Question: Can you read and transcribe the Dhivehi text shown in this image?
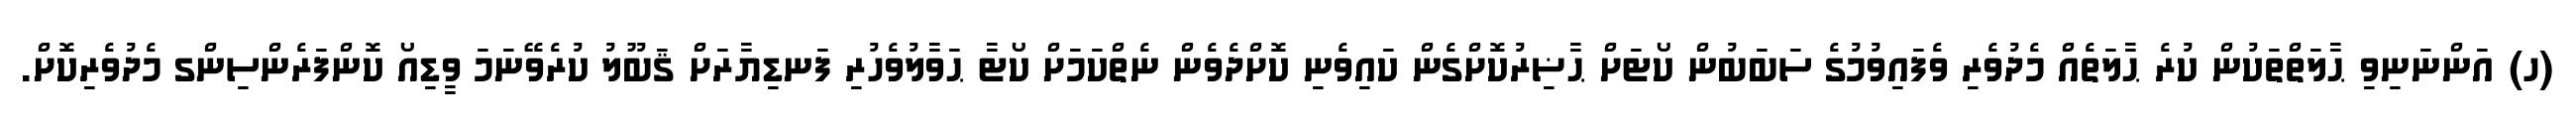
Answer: (ހ) އަންނަނިވި ޙާލަތްތަކުން ކުރެ ޙާލަތެއް މެދުވެރި ވެފައިވުމުގެ ސަބަބުން ކޯޓަށް ޙާޟިރުކޮށްގެން ކައިވެނި ކޮށްދެވެން ނެތްކަމަށް ކޯޓާ ޙަވާލުވެހުރި ފަނޑިޔާރަށް ޤަބޫލު ކުރެވޭނަމަ ވީޑިއޯ ކޮންފަރެންސިންގ މެދުވެރިކޮށް.